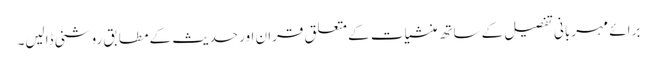
برائے مہربانی تفصیل کے ساتھ منشیات کے متعلق قران اور حدیث کے مطابق روشنی ڈالیں۔